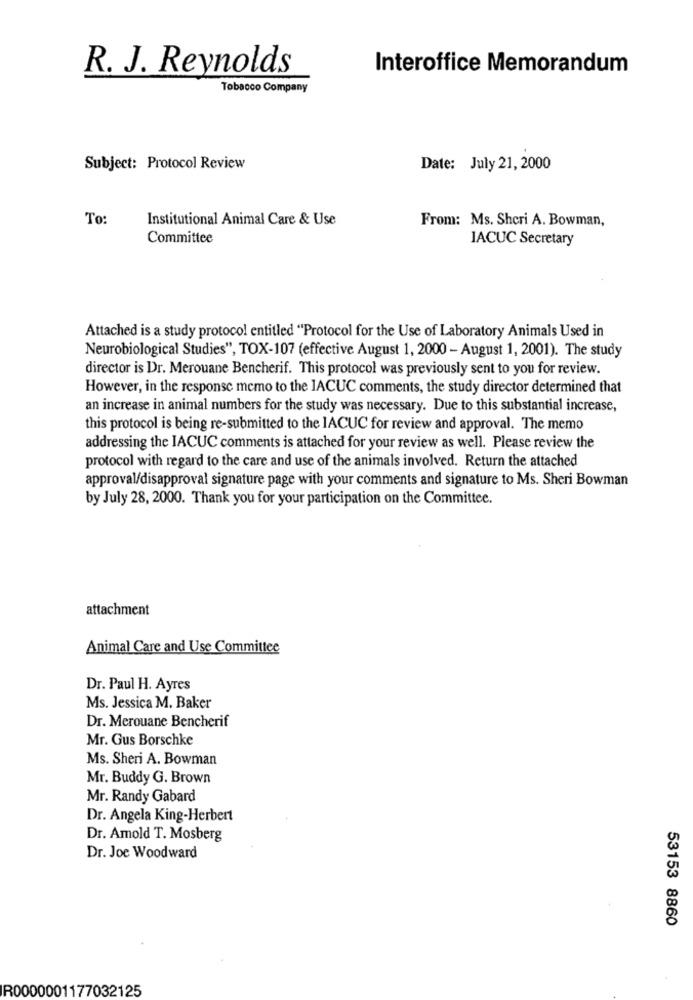
R. J. Reynolds
Interoffice Memorandum
Tobacco Company
Subject: Protocol Review
Date: July 21, 2000
To:
Institutional Animal Care & Use
From: Ms. Shcri A. Bowman,
Committee
IACUC Secretary
Attached is a study protocol entitled "Protocol for the Use of Laboratory Animals Used in
Neurobiological Studies", TOX-107 (effective August 1, 2000 - August 1, 2001). The study
director is Dr. Merouane Bencherif. This protocol was previously sent to you for review.
However, in the response memo to the IACUC comments, the study director determined that
an increase in animal numbers for the study was necessary. Due to this substantial increase,
this protocol is being re-submitted to the IACUC for review and approval. The memo
addressing the IACUC comments is attached for your review as well. Please review the
protocol with regard to the care and use of the animals involved. Return the attached
approval/disapproval signature page with your comments and signature to Ms. Sheri Bowman
by July 28, 2000. Thank you for your participation on the Committee.
attachment
Animal Care and Use Committee
Dr. Paul H. Ayres
Ms. Jessica M. Baker
Dr. Merouane Bencherif
Mr. Gus Borschke
Ms. Sheri A. Bowman
Mr. Buddy G. Brown
Mr. Randy Gabard
Dr. Angela King-Herbert
Dr. Amold T. Mosberg
Dr. Joe Woodward
53153 8860
R0000001177032125